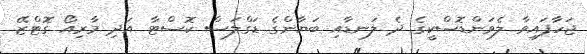
ޖަހާފައިވާ ލެވަންޑޮސްކީގެ ދެ ލަނޑާއި ބަޔާންގެ ޑަގްލަސް ކޮސްޓާ އަދި މާރިއޯ ގޮޓްޒޭ